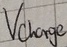
Text: Vcharge